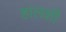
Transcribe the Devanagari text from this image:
हालशी